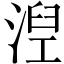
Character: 湼